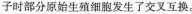
子时部分原始生殖细胞发生了交叉互换。